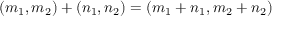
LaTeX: ( m _ { 1 } , m _ { 2 } ) + ( n _ { 1 } , n _ { 2 } ) = ( m _ { 1 } + n _ { 1 } , m _ { 2 } + n _ { 2 } )